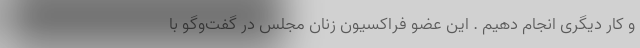
و کار دیگری انجام دهیم . این عضو فراکسیون زنان مجلس در گفت‌وگو با